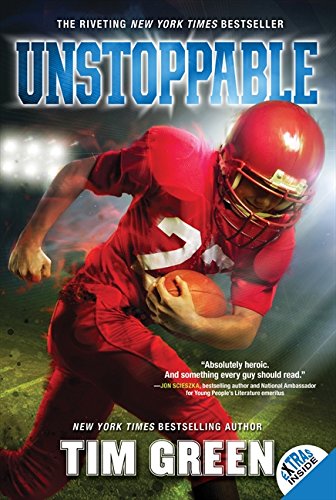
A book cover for Unstoppable; Tim Green; Children's Books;